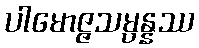
ပါမောဇ္ဇသမ္ပန္နဿ